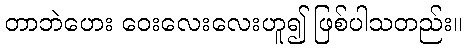
တာဘဲဟေး ဝေးလေးလေးဟူ၍ ဖြစ်ပါသတည်း။